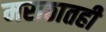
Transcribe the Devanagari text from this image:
मराठातही